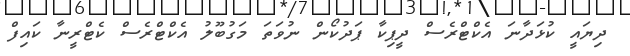
ދިޔައީ ކުޅަދާނަ އެކްޓްރެސް ދީޕިކާ ޕަދުކޯން ނުވަތަ މަގުބޫލު އެކްޓްރެސް ކެޓްރީނާ ކައިފް